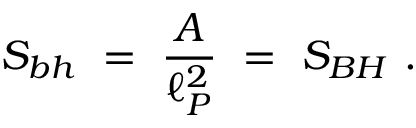
S _ { b h } ~ = ~ { \frac { \cal A } { \ell _ { P } ^ { 2 } } } ~ = ~ S _ { B H } ~ .